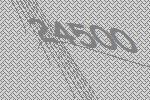
24500